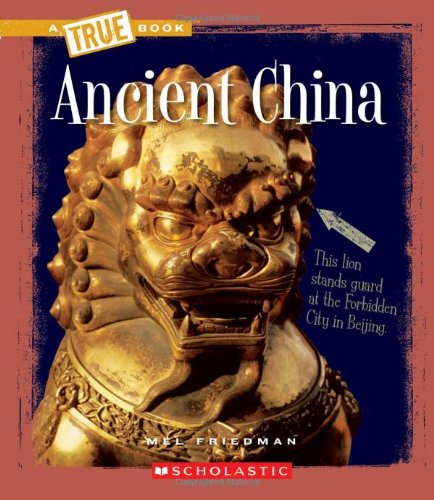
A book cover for Ancient China (True Books: Ancient Civilizations); Mel Friedman; Children's Books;